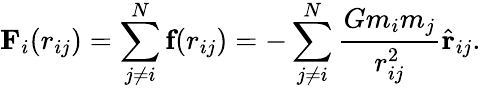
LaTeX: \textbf{F}_{i}(r_{ij})=\sum_{j\neq i}^{N}\textbf{f}(r_{ij})=-\sum_{j\neq i}^{N}\frac{Gm_{i}m_{j}}{r_{ij}^{2}}\hat{\textbf{r}}_{ij}.